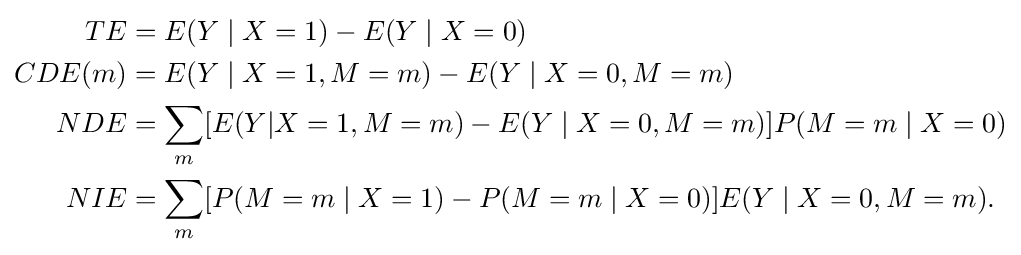
{\begin{aligned}TE&=E(Y\mid X=1)-E(Y\mid X=0)\\CDE(m)&=E(Y\mid X=1,M=m)-E(Y\mid X=0,M=m)\\NDE&=\sum _{m}[E(Y|X=1,M=m)-E(Y\mid X=0,M=m)]P(M=m\mid X=0)\\NIE&=\sum _{m}[P(M=m\mid X=1)-P(M=m\mid X=0)]E(Y\mid X=0,M=m).\end{aligned}}